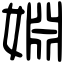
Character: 婣